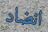
انضاد